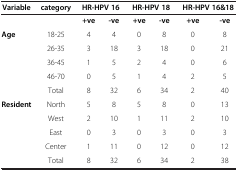
<table><thead><tr><td><b>Variable</b></td><td><b>category</b></td><td colspan="2"><b>HR-HPV 16</b></td><td colspan="2"><b>HR-HPV 18</b></td><td colspan="2"><b>HR-HPV 16&amp;18</b></td></tr></thead><tbody><tr><td> </td><td> </td><td><b>+ve</b></td><td><b>-ve</b></td><td><b>+ve</b></td><td><b>-ve</b></td><td><b>+ve</b></td><td><b>-ve</b></td></tr><tr><td><b>Age</b></td><td>18-25</td><td>4</td><td>4</td><td>0</td><td>8</td><td>0</td><td>8</td></tr><tr><td> </td><td>26-35</td><td>3</td><td>18</td><td>3</td><td>18</td><td>0</td><td>21</td></tr><tr><td> </td><td>36-45</td><td>1</td><td>5</td><td>2</td><td>4</td><td>0</td><td>6</td></tr><tr><td> </td><td>46-70</td><td>0</td><td>5</td><td>1</td><td>4</td><td>2</td><td>5</td></tr><tr><td> </td><td>Total</td><td>8</td><td>32</td><td>6</td><td>34</td><td>2</td><td>40</td></tr><tr><td><b>Resident</b></td><td>North</td><td>5</td><td>8</td><td>5</td><td>8</td><td>0</td><td>13</td></tr><tr><td> </td><td>West</td><td>2</td><td>10</td><td>1</td><td>11</td><td>2</td><td>10</td></tr><tr><td> </td><td>East</td><td>0</td><td>3</td><td>0</td><td>3</td><td>0</td><td>3</td></tr><tr><td> </td><td>Center</td><td>1</td><td>11</td><td>0</td><td>12</td><td>0</td><td>12</td></tr><tr><td> </td><td>Total</td><td>8</td><td>32</td><td>6</td><td>34</td><td>2</td><td>38</td></tr></tbody></table>